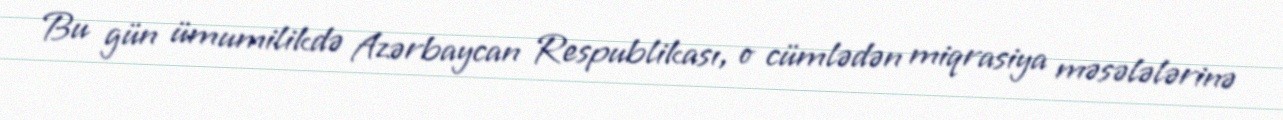
Bu gün ümumilikdə Azərbaycan Respublikası, o cümlədən miqrasiya məsələlərinə